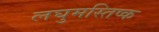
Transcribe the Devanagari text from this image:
लघुमस्तिष्क